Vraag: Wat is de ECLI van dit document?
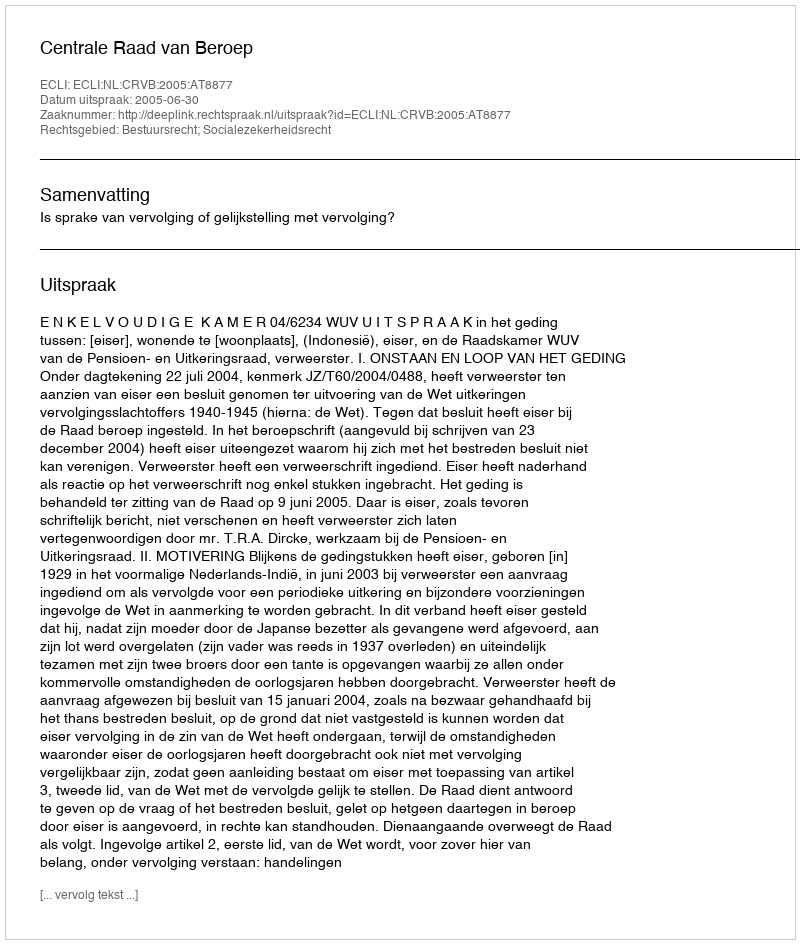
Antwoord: ECLI:NL:CRVB:2005:AT8877